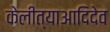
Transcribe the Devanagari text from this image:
केलीत्याआदिदेव